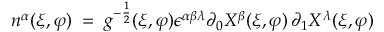
n ^ { \alpha } ( \xi , \varphi ) \; = \; g ^ { - \frac { 1 } { 2 } } ( \xi , \varphi ) \epsilon ^ { \alpha \beta \lambda } \partial _ { 0 } X ^ { \beta } ( \xi , \varphi ) \, \partial _ { 1 } X ^ { \lambda } ( \xi , \varphi )